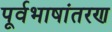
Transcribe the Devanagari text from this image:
पूर्वभाषांतरण